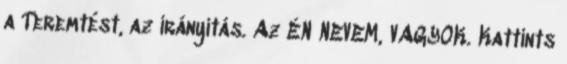
a Teremtést, az irányítás. Az ÉN NEVEM, VAGYOK. Kattints